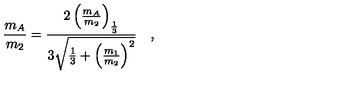
\frac { m _ { A } } { m _ { 2 } } = \frac { 2 \left( \frac { m _ { A } } { m _ { 2 } } \right) _ { \frac { 1 } { 3 } } } { 3 \sqrt { \frac { 1 } { 3 } + \left( \frac { m _ { 1 } } { m _ { 2 } } \right) ^ { 2 } } } \quad ,